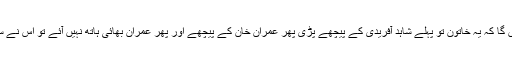
اس لیے میں یہ نہیں کہوں گا کہ یہ خاتون تو پہلے شاہد آفریدی کے پیچھے پڑی پھر عمران خان کے پیچھے اور پھر عمران بھائی ہاتھ نہیں آئے تو اس نے سوچا کہ چلو لیلیٰ نہ سہی۔